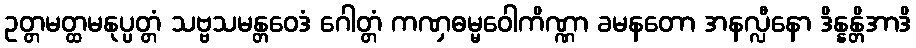
ဥတ္တမတ္ထမနုပ္ပတ္တံ သဗ္ဗသမန္တဝေဒံ ဂေါတ္တံ ကဏှဓမ္မဝေါကိဏ္ဏာ ခမနတော အနလ္လီနော ဒိန္နန္တိအာဒိ